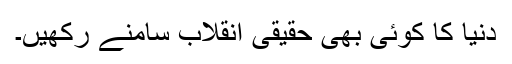
دنیا کا کوئی بھی حقیقی انقلاب سامنے رکھیں۔